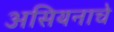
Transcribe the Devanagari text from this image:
असियनाचे